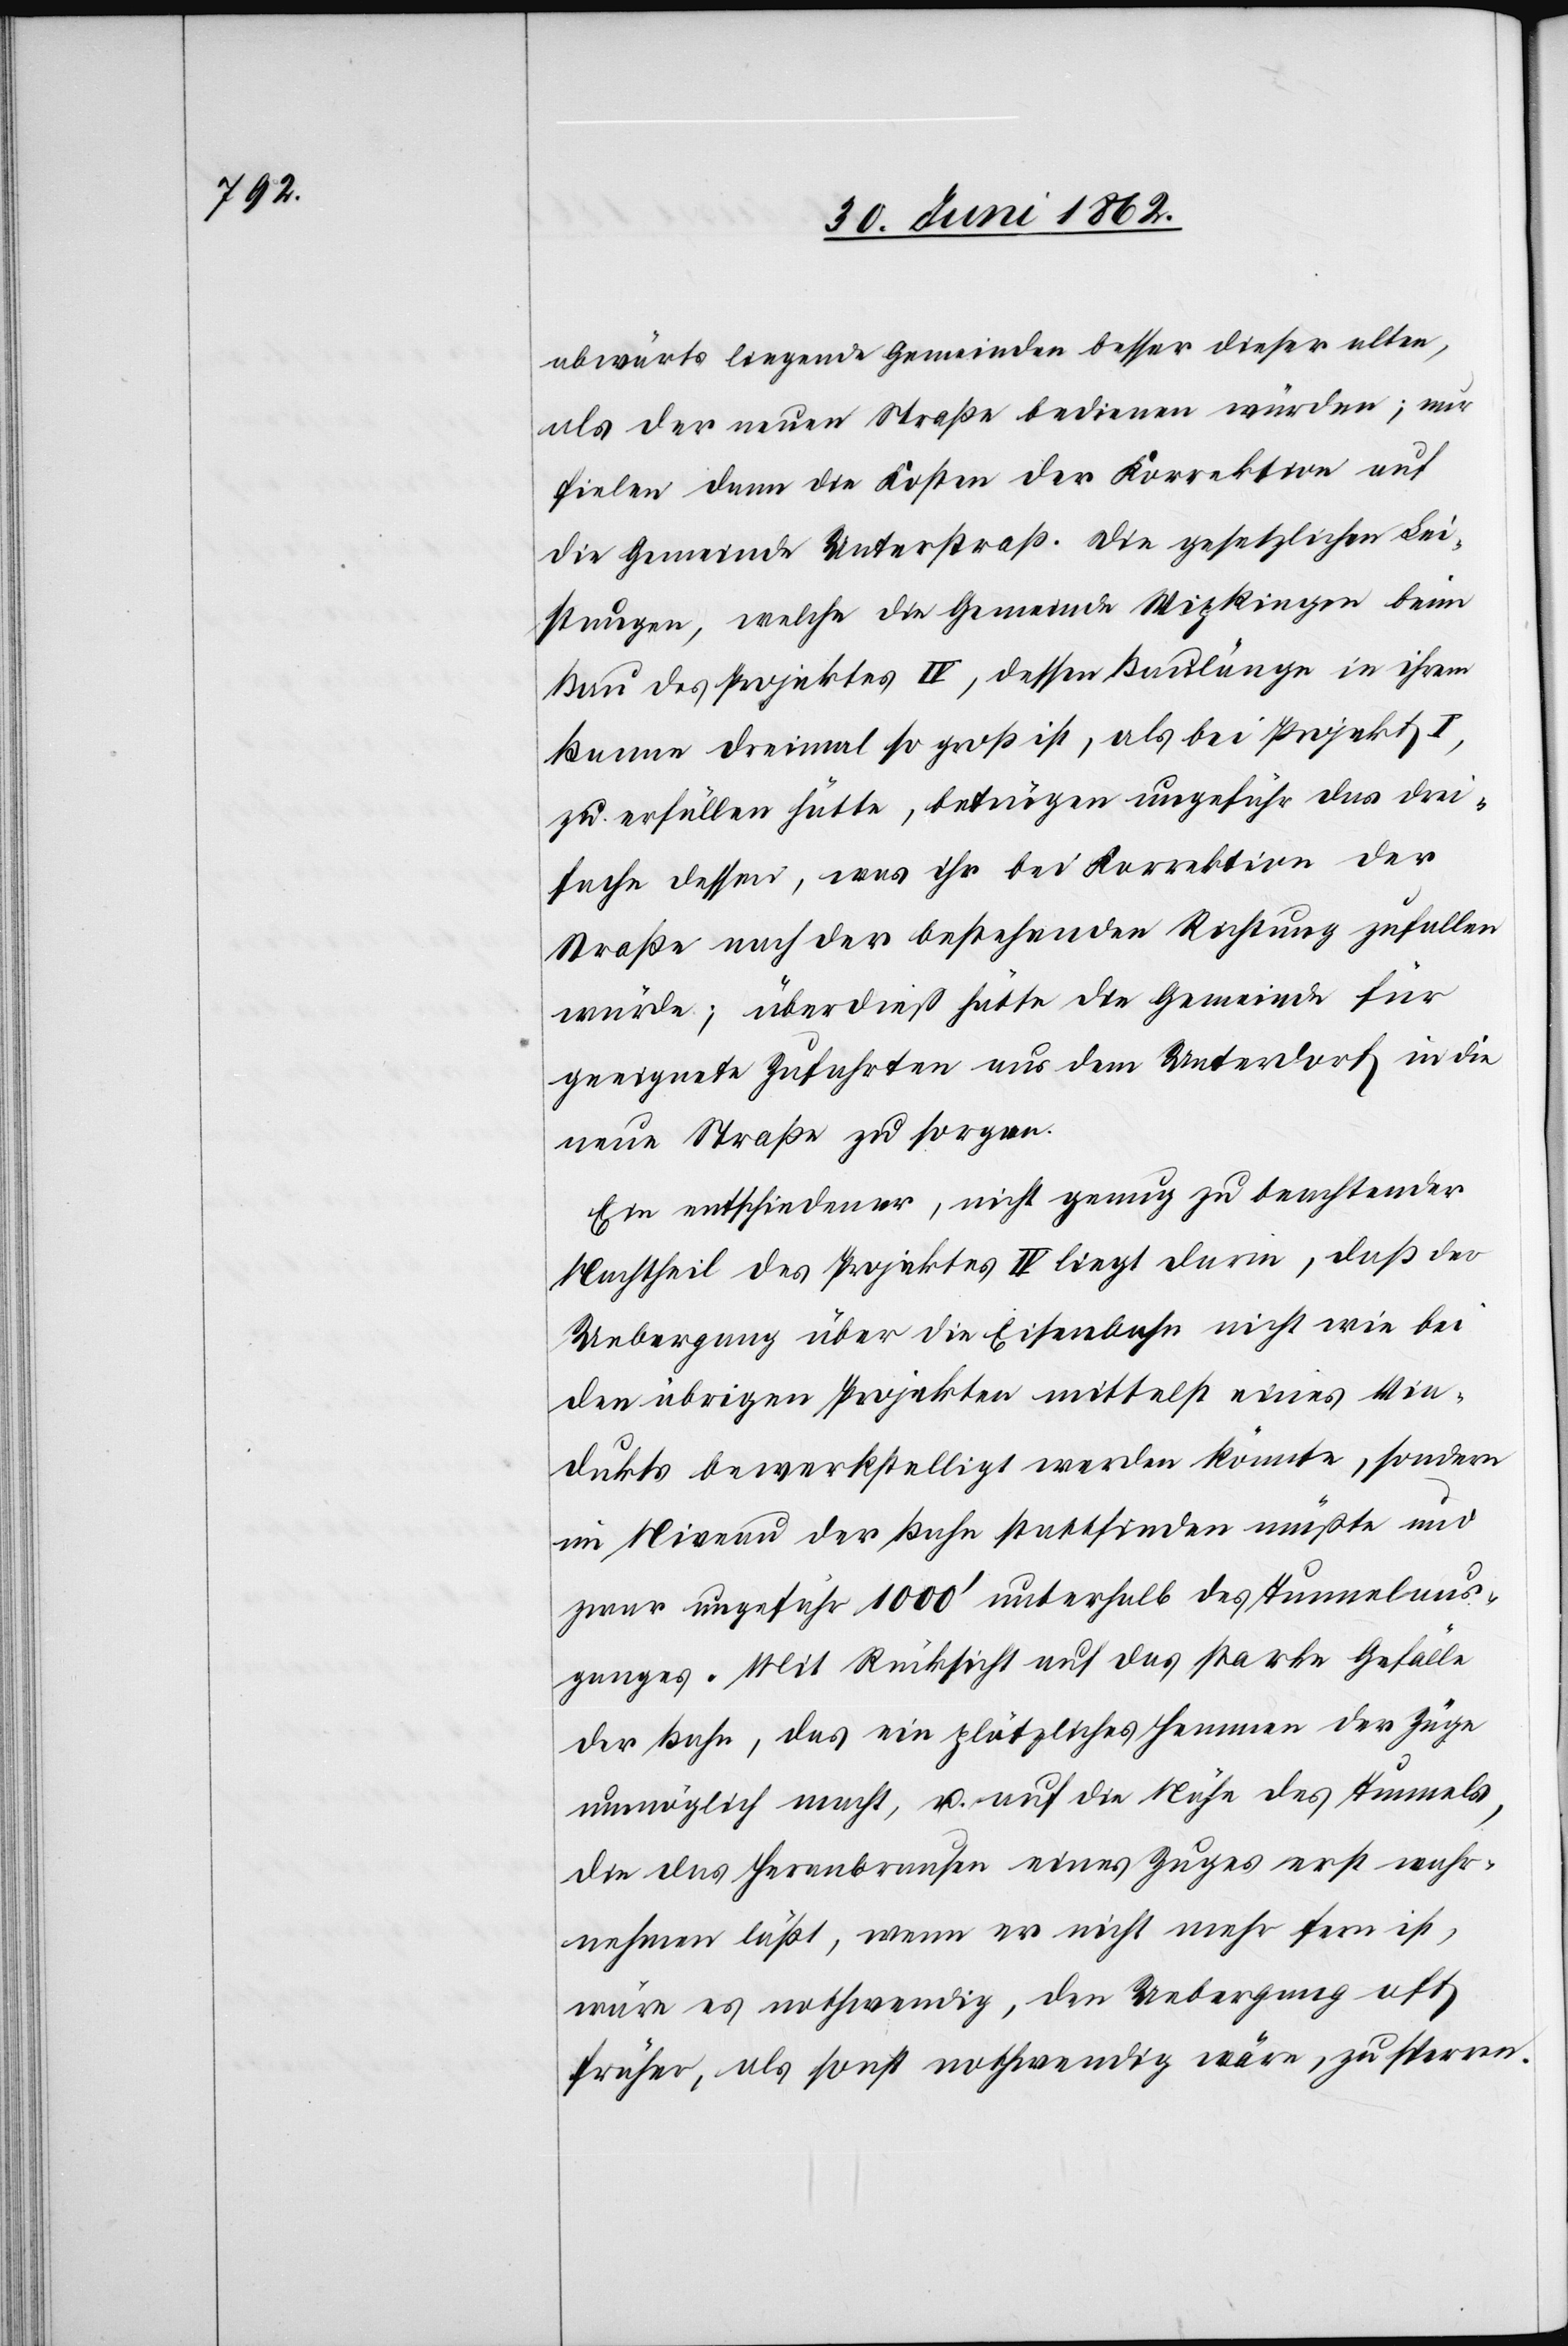
abwärts liegende Gemeinden besser dieser alten,
als der neuen Straße bedienen würden; nur
fielen dann die Kosten der Korrektion auf
die Gemeinde Unterstraß. Die gesetzlichen Lei¬
stungen, welche die Gemeinde Wipkingen beim
Bau des Projektes IV, dessen Baulänge in ihrem
Banne dreimal so groß ist, als bei Projekt I,
zu erfüllen hätte, betrügen ungefähr das drei¬
fache dessen, was ihr bei Korrektion der
Straße nah der bestehenden Richtung zufallen
würde; überdieß hätte die Gemeinde für
geeignete Zufahrten aus dem Unterdorf in die
neue Straße zu sorgen.
Ein entschiedener, nicht genug zu beachtender
Nachteil des Projektes IV liegt darin, daß der
Uebergang über die Eisenbahn nicht wie bei
den übrigen Projekten mittelst eines Via¬
dukts bewerkstelligt werden könnte, sondern
im Niveau der Bahn stattfinden müßte und
zwar ungefähr 1000’ unterhalb des Tunnelaus¬
ganges. Mit Rücksicht auf das starke Gefälle
der Bahn, das ein plötzliches Hemmen der Züge
unmöglich macht, u. auf die Nähe des Tunnels,
die das Heranbrausen eines Zuges erst wahr¬
nehmen läßt, wenn er nicht mehr fern ist,
wäre es nothwendig, den Uebergang oft
früher, als sonst nothwendig wäre, zu sperren.